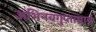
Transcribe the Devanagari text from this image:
अभिनवगुप्ताचार्य